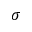
\sigma